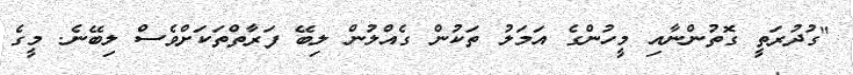
"ގުދުރަތީ ގޮތުންނާއި މީހުންގެ އަމަލު ތަކުން ގެއްލުން ލިބޭ ފަރާތްތަކަށްވެސް ލިބޭނެ. މީގެ